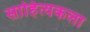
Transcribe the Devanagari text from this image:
साहित्यकला